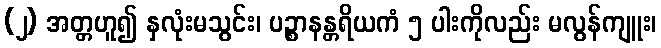
(၂) အတ္တဟူ၍ နှလုံးမသွင်း၊ ပဉ္စာနန္တရိယကံ ၅ ပါးကိုလည်း မလွန်ကျူး၊